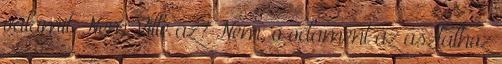
valamit. Nem Ville az? Nem, ő odament az asztalhoz